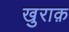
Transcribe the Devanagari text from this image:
खुराक़